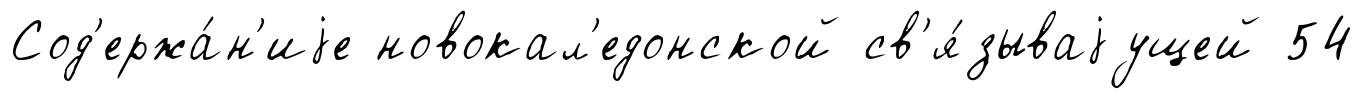
Сод'ержа́н'иjе новокал'едонской св'я́зываjущей 54